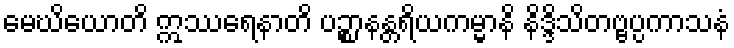
မေဃိယောတိ ဣဿရေနာတိ ပဉ္စာနန္တရိယကမ္မာနိ နိဒ္ဒိသိတဗ္ဗပ္ပကာသနံ